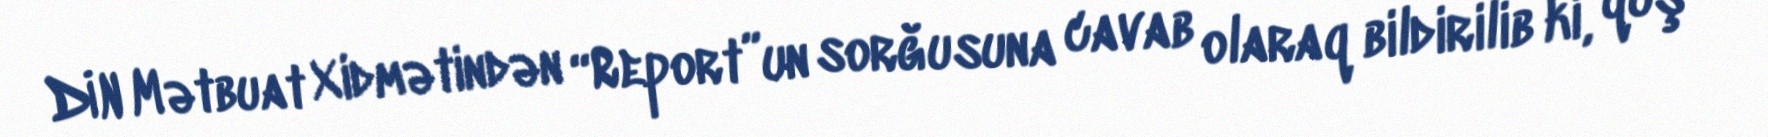
DİN Mətbuat Xidmətindən “Report”un sorğusuna cavab olaraq bildirilib ki, quş